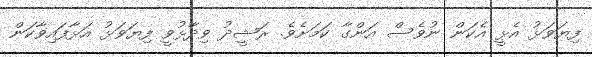
ފިޔަވަޅު އެޅީ އެކަން ނުވެސް އަންގާ ކަމަށެވެ. ރަޝީދު ވިދާޅުވީ ފިޔަވަޅު އަޅާފައިވާކަން